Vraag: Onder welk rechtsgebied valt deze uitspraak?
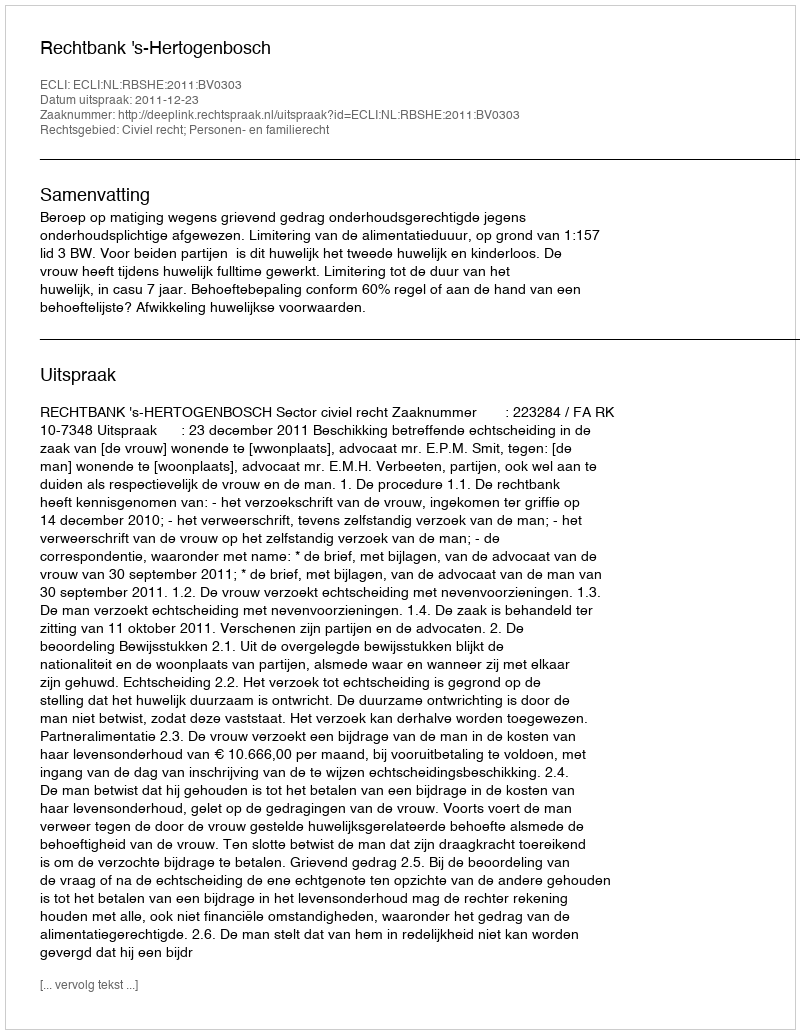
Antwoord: Civiel recht; Personen- en familierecht